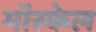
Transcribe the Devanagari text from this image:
मॉस्केल